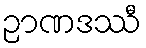
ဉာဏဒဿီ